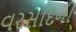
વરસાદની